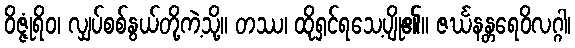
ဝိဇ္ဇုံရိဝ၊ လျှပ်စစ်နွယ်တို့ကဲ့သို့။ တဿ၊ ထိုရှင်ရသေ့ပျို၏။ ဇင်္ဃနန္တရေဝိလဂ္ဂါ၊